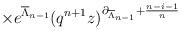
LaTeX: \begin{align*}\hspace{1.75in} \times e^{\overline{\Lambda}_{n-1}} (q^{n+1} z)^{\partial_{\overline{\Lambda}_{n-1}}+\frac{n-i-1}{n}}\end{align*}